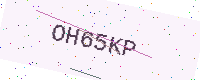
Text: OH65KP